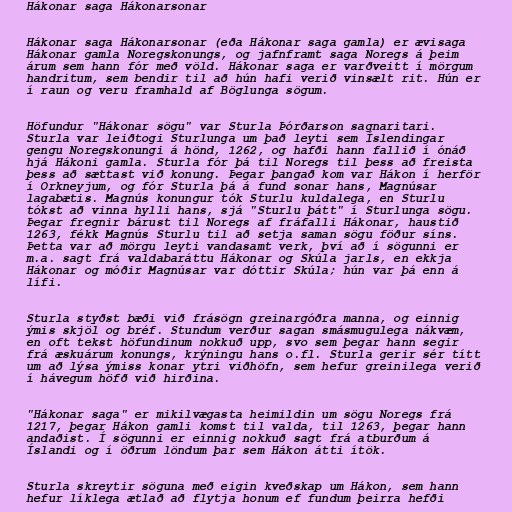
Hákonar saga Hákonarsonar

Hákonar saga Hákonarsonar (eða Hákonar saga gamla) er ævisaga
Hákonar gamla Noregskonungs, og jafnframt saga Noregs á þeim
árum sem hann fór með völd. Hákonar saga er varðveitt í mörgum
handritum, sem bendir til að hún hafi verið vinsælt rit. Hún er
í raun og veru framhald af Böglunga sögum.

Höfundur "Hákonar sögu" var Sturla Þórðarson sagnaritari.
Sturla var leiðtogi Sturlunga um það leyti sem Íslendingar
gengu Noregskonungi á hönd, 1262, og hafði hann fallið í ónáð
hjá Hákoni gamla. Sturla fór þá til Noregs til þess að freista
þess að sættast við konung. Þegar þangað kom var Hákon í herför
í Orkneyjum, og fór Sturla þá á fund sonar hans, Magnúsar
lagabætis. Magnús konungur tók Sturlu kuldalega, en Sturlu
tókst að vinna hylli hans, sjá "Sturlu þátt" í Sturlunga sögu.
Þegar fregnir bárust til Noregs af fráfalli Hákonar, haustið
1263, fékk Magnús Sturlu til að setja saman sögu föður síns.
Þetta var að mörgu leyti vandasamt verk, því að í sögunni er
m.a. sagt frá valdabaráttu Hákonar og Skúla jarls, en ekkja
Hákonar og móðir Magnúsar var dóttir Skúla; hún var þá enn á
lífi.

Sturla styðst bæði við frásögn greinargóðra manna, og einnig
ýmis skjöl og bréf. Stundum verður sagan smásmugulega nákvæm,
en oft tekst höfundinum nokkuð upp, svo sem þegar hann segir
frá æskuárum konungs, krýningu hans o.fl. Sturla gerir sér títt
um að lýsa ýmiss konar ytri viðhöfn, sem hefur greinilega verið
í hávegum höfð við hirðina.

"Hákonar saga" er mikilvægasta heimildin um sögu Noregs frá
1217, þegar Hákon gamli komst til valda, til 1263, þegar hann
andaðist. Í sögunni er einnig nokkuð sagt frá atburðum á
Íslandi og í öðrum löndum þar sem Hákon átti ítök.

Sturla skreytir söguna með eigin kveðskap um Hákon, sem hann
hefur líklega ætlað að flytja honum ef fundum þeirra hefði